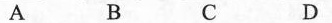
A B C D